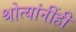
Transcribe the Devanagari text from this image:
श्रोत्यांनींही